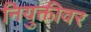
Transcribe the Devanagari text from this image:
नियुक्तीवर